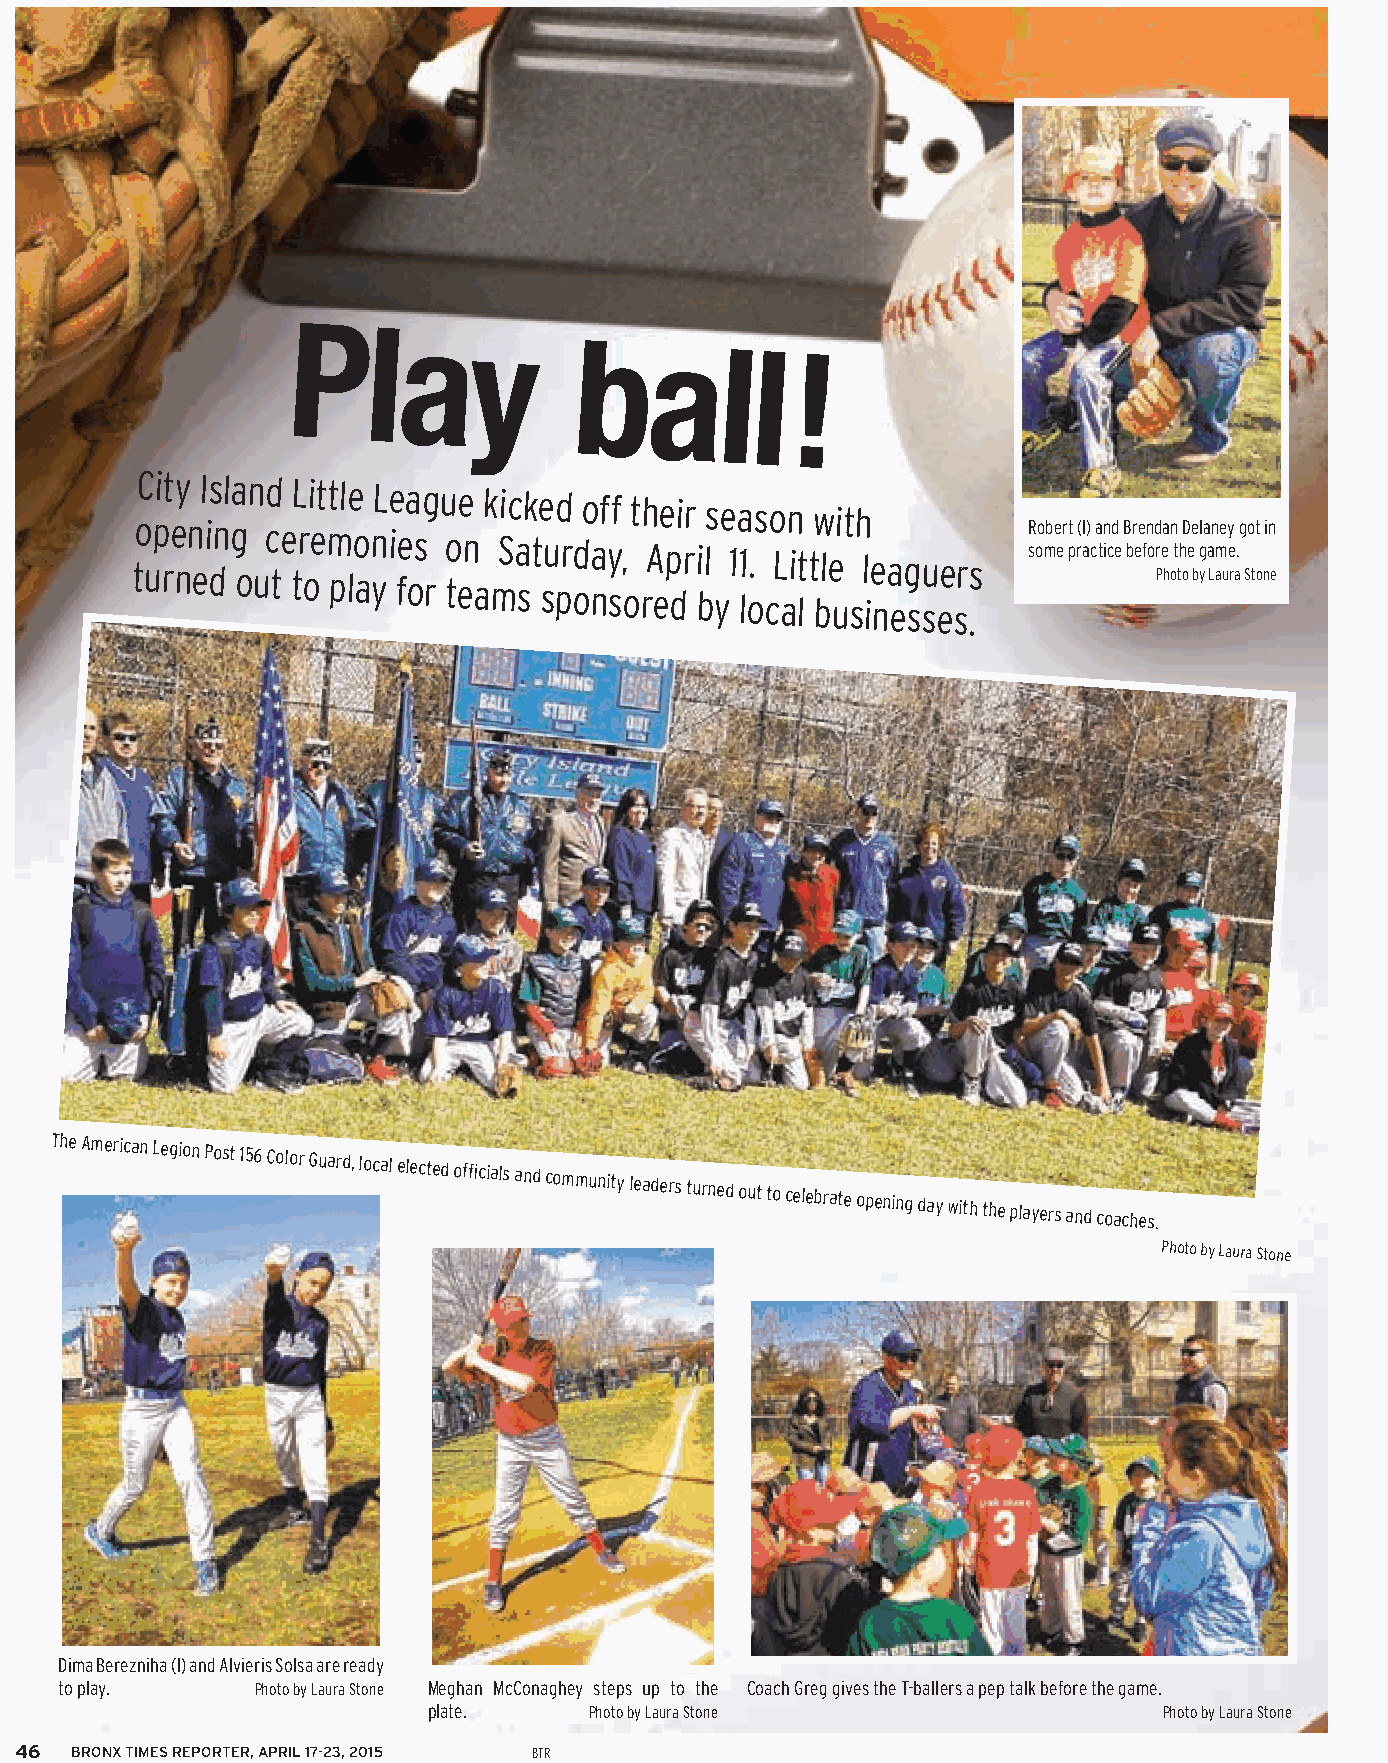
Play
 ball!
 City Island Little League kicked off their season with
 to up re nn ei dn g
 o
 uc te tr oe m plo an
 y
 i fe os
 r
 o ten
 a
 mSa st su pr od nay s,
 o
 rA ep dr i bl y1 l1 o. cL ait
 l
 t ble
 u
 sl ie na eg su see sr .s R s oo mbe er pt r( al) c a tn icd e B br ee fn od r Pea
 h
 n ot
 t
 h oD e e
 b
 gl ya a Ln m ae uy e
 ra
 .g So tt
 o
 nin
 e
 The American Legion Post 156 Color Guard, local elected offi cials and community leaders turned out to celebrate opening day with the players and coaches.
 Photo by Laura Stone
 Dima Berezniha (l) and Alvieris Solsa are ready
 to play.     Photo by Laura Stone Meghan McConaghey steps up to the Coach Greg gives the T-ballers a pep talk before the game.
 plate.     Photo by Laura Stone                  Photo by Laura Stone
 46  BRONX TIMES REPORTER, APRIL 17-23, 2015 BTR